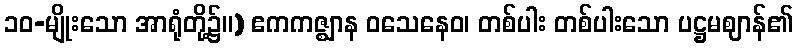
၁၀-မျိုးသော အာရုံတို့၌။) ဧကကဇ္ဈာန ဝသေနေဝ၊ တစ်ပါး တစ်ပါးသော ပဋ္ဌမဈာန်၏